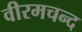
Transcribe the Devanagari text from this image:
वीरमचन्द